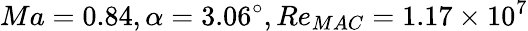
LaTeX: Ma=0.84,\alpha=3.06^{\circ},Re_{MAC}=1.17\times{10^{7}}